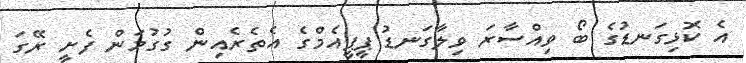
އެ ކޮޅިގަނޑުގެ ބޯ ވިއްސާރަ ވިލާގަނޑު ޕީޕީއެމްގެ އެތެރެއިން ގުގުމަން ފެށީ ރޭގަ